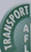
TRANSPORT